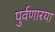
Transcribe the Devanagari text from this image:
पुर्वणारया